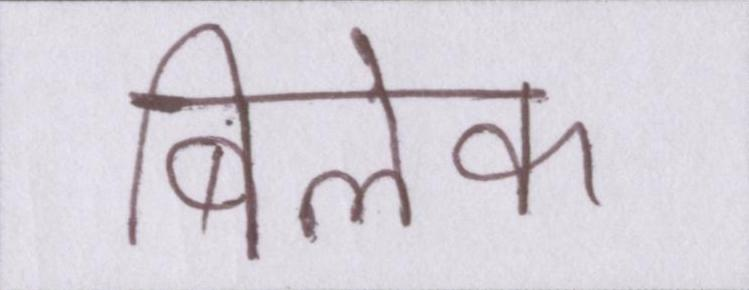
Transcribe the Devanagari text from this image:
बिलेक